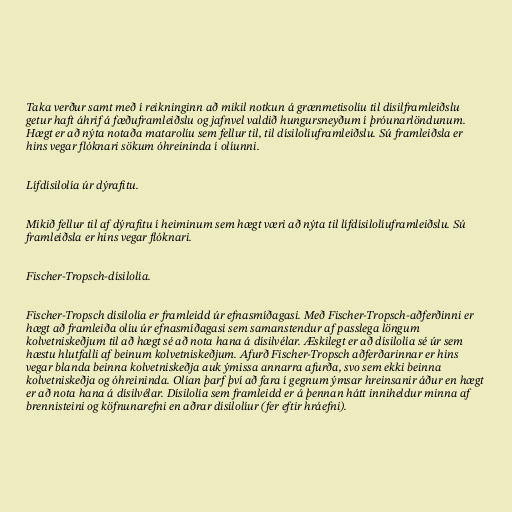
Taka verður samt með í reikninginn að mikil notkun á grænmetisolíu til dísilframleiðslu
getur haft áhrif á fæðuframleiðslu og jafnvel valdið hungursneyðum í þróunarlöndunum.
Hægt er að nýta notaða matarolíu sem fellur til, til dísilolíuframleiðslu. Sú framleiðsla er
hins vegar flóknari sökum óhreininda í olíunni.

Lífdísilolía úr dýrafitu.

Mikið fellur til af dýrafitu í heiminum sem hægt væri að nýta til lífdísilolíuframleiðslu. Sú
framleiðsla er hins vegar flóknari.

Fischer-Tropsch-dísilolía.

Fischer-Tropsch dísilolía er framleidd úr efnasmíðagasi. Með Fischer-Tropsch-aðferðinni er
hægt að framleiða olíu úr efnasmíðagasi sem samanstendur af passlega löngum
kolvetniskeðjum til að hægt sé að nota hana á dísilvélar. Æskilegt er að dísilolía sé úr sem
hæstu hlutfalli af beinum kolvetniskeðjum. Afurð Fischer-Tropsch aðferðarinnar er hins
vegar blanda beinna kolvetniskeðja auk ýmissa annarra afurða, svo sem ekki beinna
kolvetniskeðja og óhreininda. Olían þarf því að fara í gegnum ýmsar hreinsanir áður en hægt
er að nota hana á dísilvélar. Dísilolía sem framleidd er á þennan hátt inniheldur minna af
brennisteini og köfnunarefni en aðrar dísilolíur (fer eftir hráefni).